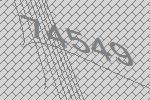
74549